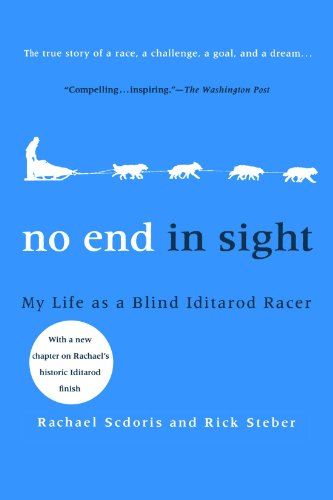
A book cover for No End in Sight: My Life as a Blind Iditarod Racer; Rachael Scdoris; Sports & Outdoors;